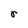
Character: r